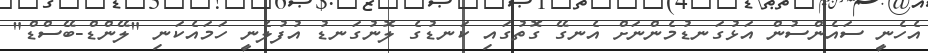
އެހެނީ ސައެންސުން އަޅުގަނޑުމެންނަށް އެނގޭ ގޮތުގައި ކަނޑުގެ ލޮނުގަނޑު އުފުލެނީ ހަމައެކަނި "ލޭންޑް-ބޭސްޑް"